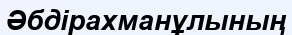
Әбдірахманұлының